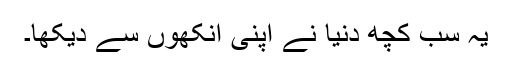
یہ سب کچھ دنیا نے اپنی آنکھوں سے دیکھا۔